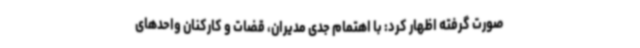
صورت گرفته اظهار کرد: با اهتمام جدی مدیران، قضات و کارکنان واحدهای